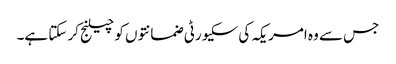
جس سے وہ امریکہ کی سکیورٹی ضمانتوں کو چیلنج کر سکتا ہے۔